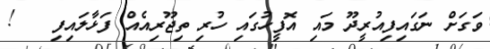
ވަގަށް ނަގައިފިއުރީދޫ މައި އޮފީހުގައި ހުރި ތިޖޫރިއެއް ފަޅާލައިފި   !